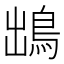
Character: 𩿩